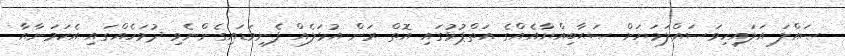
ޞައްލަ އަލައިހިވަސައްލަމަޔަށް ޞަޙާބިއްޔާއެއްގެ އަތްޕުޅުގައި އޮތް ރަން އުޅަލެއް ފެނިވަޑައިގެންނެވި ދުވަހެއްގައި އެކަމަނާއާ